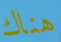
هناك